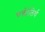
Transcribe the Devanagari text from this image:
चक्रीतिर्थ